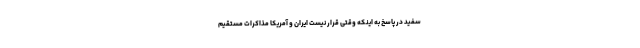
سفید در پاسخ به اینکه وقتی قرار نیست ایران و آمریکا مذاکرات مستقیم